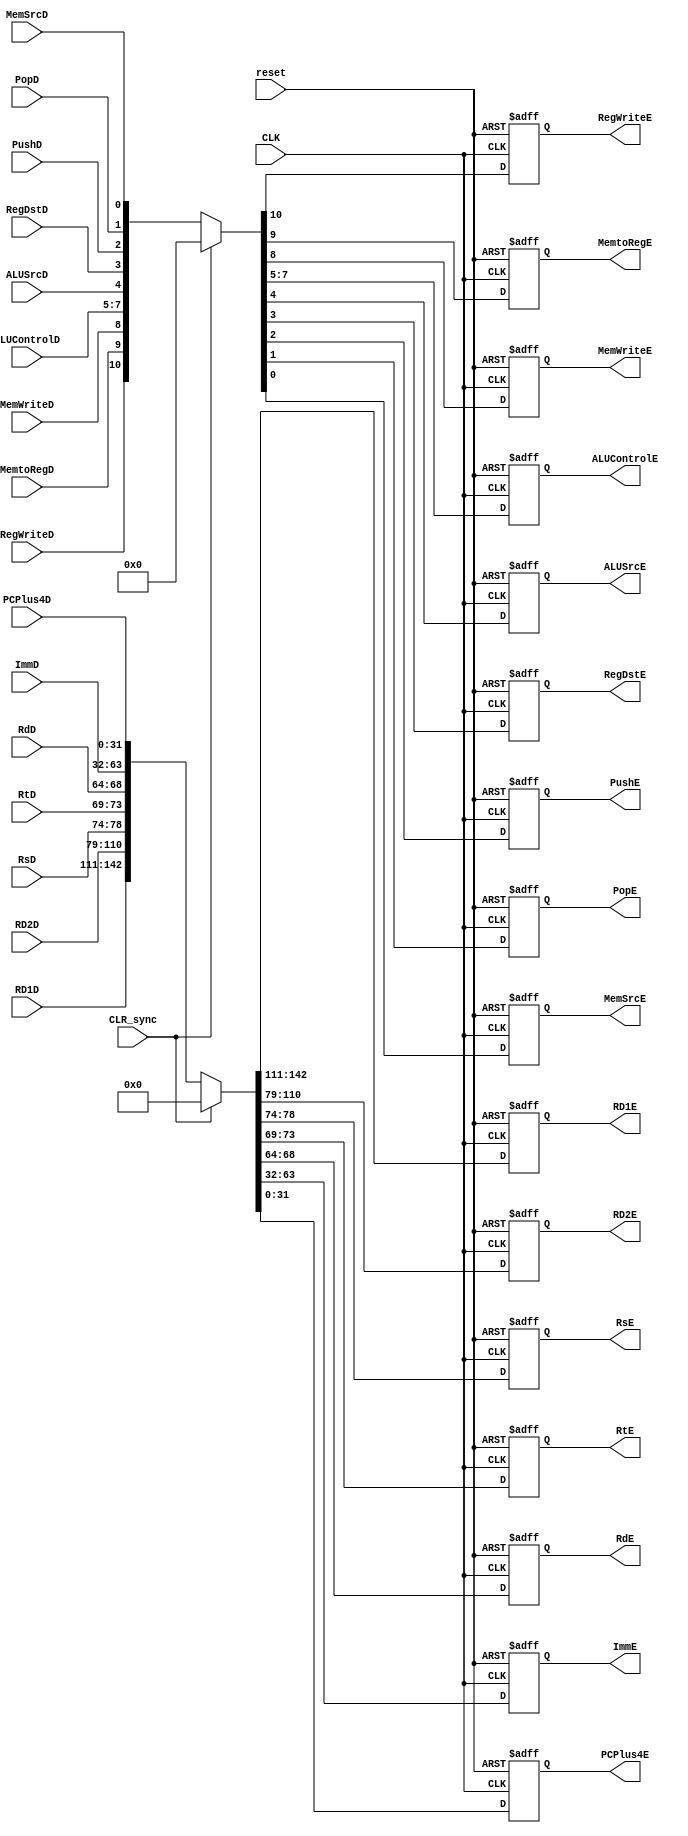
//ID_EX_out <= {PC_next,RD1,RD2,Imm};
module ID_EX_reg (
    input   wire            CLK,
    input   wire            reset,
    input   wire            CLR_sync,

    input   wire    [31:0]  RD1D,
    input   wire    [31:0]  RD2D,
    input   wire    [ 4:0]  RsD,
    input   wire    [ 4:0]  RtD,
    input   wire    [ 4:0]  RdD,
    input   wire    [31:0]  ImmD,
    input   wire    [31:0]  PCPlus4D,
    

    input   wire            RegWriteD,    
    input   wire            MemtoRegD,
    input   wire            MemWriteD,
    
    input   wire    [ 2:0]  ALUControlD,
    input   wire            ALUSrcD,
    input   wire            RegDstD,
    input   wire            PushD,
    input   wire            PopD,
    input   wire            MemSrcD,

    output  reg     [31:0]  RD1E,
    output  reg     [31:0]  RD2E,
    output  reg     [ 4:0]  RsE,
    output  reg     [ 4:0]  RtE,
    output  reg     [ 4:0]  RdE,
    output  reg     [31:0]  ImmE,
    output  reg     [31:0]  PCPlus4E,
    

    output  reg             RegWriteE,  
    output  reg             MemtoRegE,
    output  reg             MemWriteE,
    
    output  reg     [ 2:0]  ALUControlE,
    output  reg             ALUSrcE,
    output  reg             RegDstE,
    
    output  reg             PushE,
    output  reg             PopE,
    output  reg             MemSrcE
    
);

always @(posedge CLK, negedge reset ) begin
    if (!reset) begin
            {RD1E,RD2E,RsE,RtE,RdE,ImmE,PCPlus4E} <= 138'b0;
        end else begin
            if (CLR_sync) begin
                {RD1E,RD2E,RsE,RtE,RdE,ImmE,PCPlus4E} <= 138'b0;
            end else begin
                {RD1E,RD2E,RsE,RtE,RdE,ImmE,PCPlus4E} <= {RD1D,RD2D,RsD,RtD,RdD,ImmD,PCPlus4D};    
            end
            
        end
end

always @(posedge CLK, negedge reset ) begin
    if (!reset) begin
            {RegWriteE,MemtoRegE,MemWriteE,ALUControlE,ALUSrcE,RegDstE,PushE,PopE,MemSrcE} <= 12'b0;
        end else begin
            if (CLR_sync) begin
                {RegWriteE,MemtoRegE,MemWriteE,ALUControlE,ALUSrcE,RegDstE,PushE,PopE,MemSrcE} <= 12'b0;    //NOP cause the bubble
            end else begin
                {RegWriteE,MemtoRegE,MemWriteE,ALUControlE,ALUSrcE,RegDstE,PushE,PopE,MemSrcE} <= {RegWriteD,MemtoRegD,MemWriteD,ALUControlD,ALUSrcD,RegDstD,PushD,PopD,MemSrcD};    
            end
        end
end


endmodule